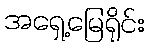
အရှေ့မြေရိုင်း